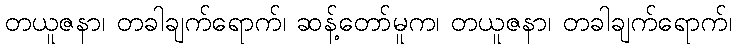
တယူဇနာ၊ တခါချက်ရောက်၊ ဆန့်တော်မူက၊ တယူဇနာ၊ တခါချက်ရောက်၊